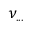
\nu _ { . . . }